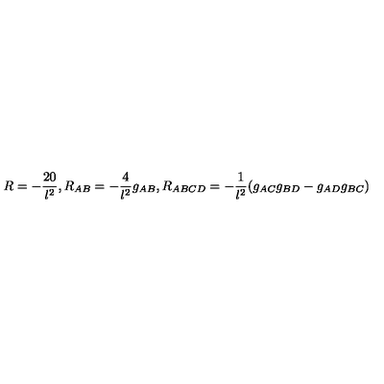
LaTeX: R = - \frac { 2 0 } { l ^ { 2 } } , R _ { A B } = - \frac { 4 } { l ^ { 2 } } g _ { A B } , R _ { A B C D } = - \frac { 1 } { l ^ { 2 } } ( g _ { A C } g _ { B D } - g _ { A D } g _ { B C } )